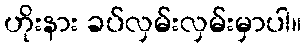
ဟိုးနား ခပ်လှမ်းလှမ်းမှာပါ။